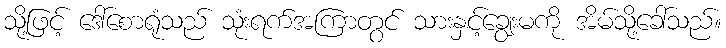
သို့ဖြင့် ဒေါ်စောရုံသည် သုံးရက်အကြာတွင် သားနှင့်ချွေးမကို အိမ်သို့ခေါ်သည်။